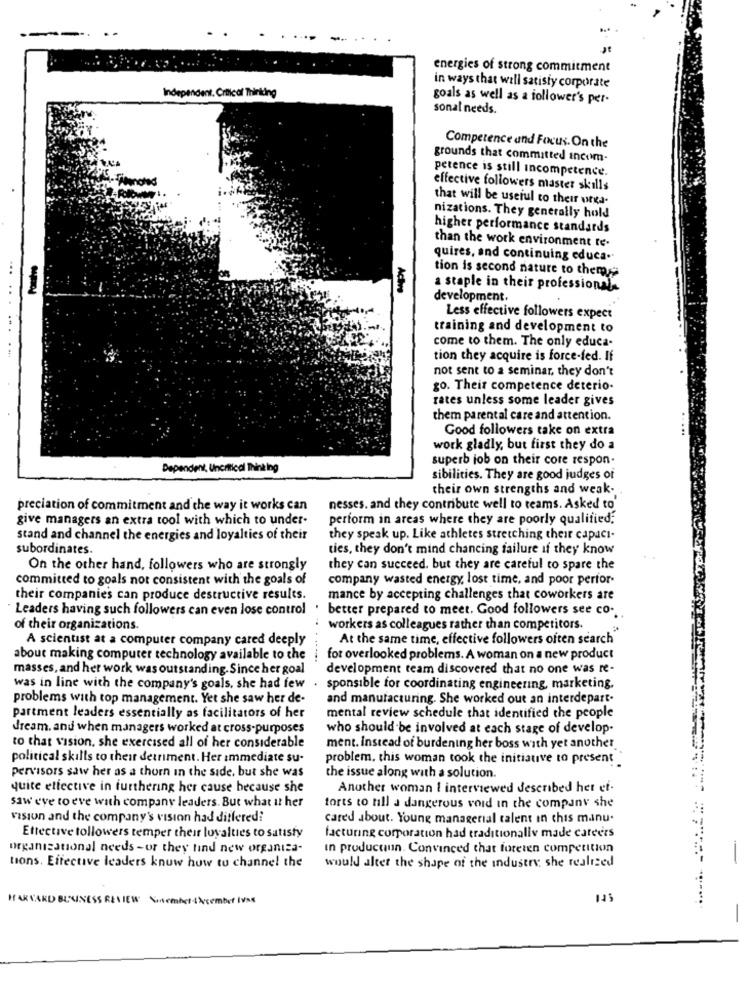
--
energies of strong commitment
Independent. Critical Thinking
in ways that will satisfy corporate
goals as well as a follower's per-
sonal needs.
Competence and Focus. On the
grounds that committed incom-
petence is still incompetence.
effective followers master skills
that will be useful to their urga.
nizations. They generally hold
higher performance standards
than the work environment te-
quires, and continuing educa --
tion is second nature to them
-
Ach
a staple in their professionale
development.
Less effective followers expect
training and development to
come to them. The only educa-
tion they acquire is force-fed. If
not sent to a seminar, they don't
go. Their competence deterio-
rates unless some leader gives
them parental care and attention.
Good followers take on extra
work gladly, but first they do a
superb job on their core respon-
Dependent, Uncritical Thinking
sibilities. They are good judges of
their own strengths and weak ..
preciation of commitment and the way it works can
nesses. and they contribute well to teams. Asked to
give managers an extra tool with which to under-
perform in areas where they are poorly qualified;
stand and channel the energies and loyalties of their
they speak up. Like athletes stretching their capaci-
subordinates.
ties, they don't mind chancing failure if they know
On the other hand, followers who are strongly
they can succeed, but they are careful to spare the
committed to goals not consistent with the goals of
company wasted energy, lost time, and poor perfor-
their companies can produce destructive results.
mance by accepting challenges that coworkers are
Leaders having such followers can even lose control
better prepared to meet. Good followers see co ..
of their organizations.
workers as colleagues rather than competitors.
A scientist at a computer company cared deeply
At the same time, effective followers often search"
about making computer technology available to the
for overlooked problems. A woman on a new product
masses, and her work was outstanding. Since her goal
development team discovered that no one was re-
was in line with the company's goals, she had few .
sponsible for coordinating engineering, marketing.
problems with top management. Yet she saw her de-
and manufacturing. She worked out an interdepart.
partment leaders essentially as facilitators of her
mental review schedule that identified the people
dream, and when managers worked at cross-purposes
who should be involved at each stage of develop-
to that vision, she exercised all of her considerable
ment. Instead of burdening her boss with yet another
political skills to their detriment. Her immediate su-
problem, this woman took the initiative to present
pervisors saw her as a thorn in the side, but she was
the issue along with a solution.
quite effective in furthering her cause because she
Another woman I interviewed described her ef-
saw eve to eve with company leaders. But what it her
torts to till a dangerous void in the company she
vision and the company's vision had difleredi
cared about. Young managerial talent in chis manu.
Ettective followers temper their loyalties to satisfy
facturing corporation had traditionallv made careers
organizational needs -or they find new organiza-
In production. Convinced that foreten competition
would alter the shape of the industry she realized
tions. Effective leaders know how tu channel the
HARVARD BUSINESS REVIEW Susembet december Ives
145